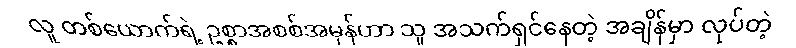
လူ တစ်ယောက်ရဲ့ ဥစ္စာအစစ်အမှန်ဟာ သူ အသက်ရှင်နေတဲ့ အချိန်မှာ လုပ်တဲ့